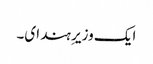
ایک وزیرِ ہند ای۔